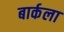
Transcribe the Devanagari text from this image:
बार्कला